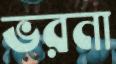
ভরনা